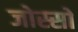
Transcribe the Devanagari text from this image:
जोस्सो